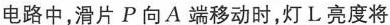
电路中，滑片P向A端移动时，灯L亮度将